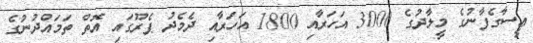
ޢީސާގެފާނުގެ މީލާދުގެ 3000 އަހަރާއި 1800 އަހަރާއި ދެމެދު ޕެރޫގަައި އޮތް ތަމައްދުނުގެ